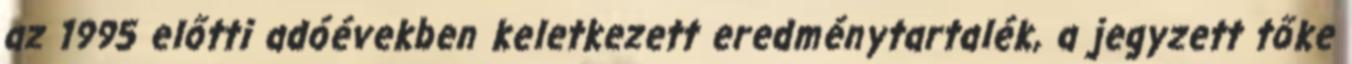
az 1995 előtti adóévekben keletkezett eredménytartalék, a jegyzett tőke